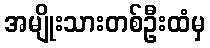
အမျိုးသားတစ်ဦးထံမှ